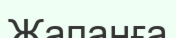
Жапанға